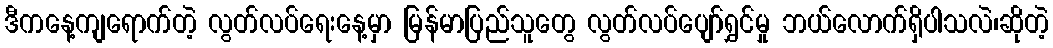
ဒီကနေ့ကျရောက်တဲ့ လွတ်လပ်ရေးနေ့မှာ မြန်မာပြည်သူတွေ လွတ်လပ်ပျော်ရွှင်မှု ဘယ်လောက်ရှိပါသလဲ၊ဆိုတဲ့